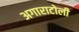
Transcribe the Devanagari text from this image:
अगाराटोली